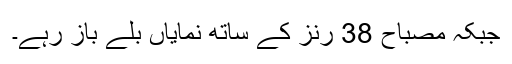
جبکہ مصباح 38 رنز کے ساتھ نمایاں بلے باز رہے۔